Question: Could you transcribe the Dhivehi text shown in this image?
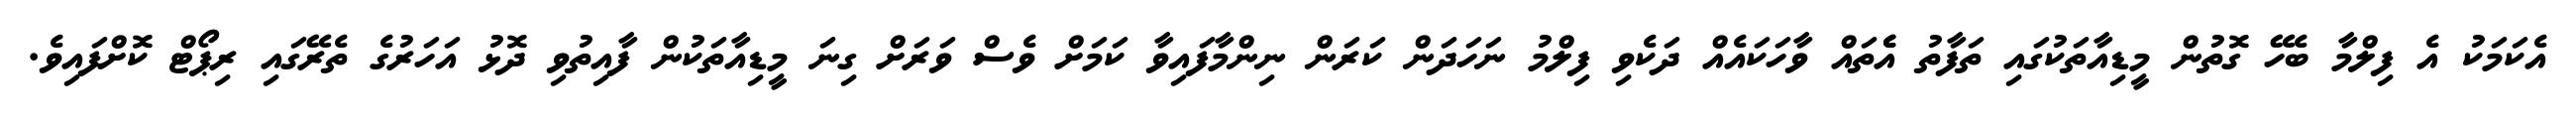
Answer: އެކަމަކު އެ ފިލްމާ ބެހޭ ގޮތުން މީޑިއާތަކުގައި ތަފާތު އެެތައް ވާހަކައެއް ދަކެވި ފިލްމު ނަހަދަން ކަރަން ނިންމާފައިވާ ކަމަށް ވެސް ވަރަށް ގިނަ މީޑިއާތަކުން ފާއިތުވި ދޮޅު އަހަރުގެ ތެރޭގައި ރިޕޯޓް ކޮށްފައިވެ.